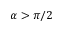
\alpha > \pi / 2